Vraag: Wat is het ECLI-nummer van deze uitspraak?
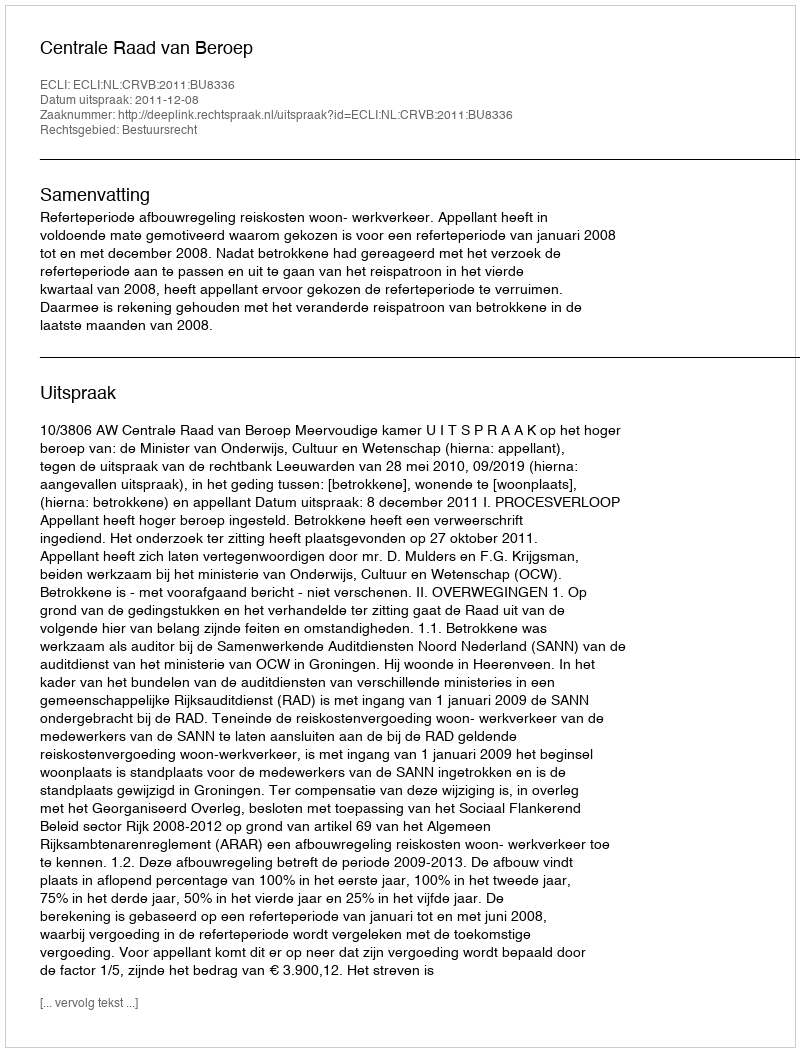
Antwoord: ECLI:NL:CRVB:2011:BU8336